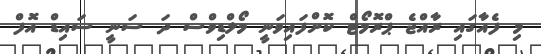
މި ފެއާގައި ރާއްޖެ ޕްރޮމޯޓް ކޮށްފައިވަނީ މޯލްޑިވްސް ދަ ސަނީ ސައިޑް އޮފް